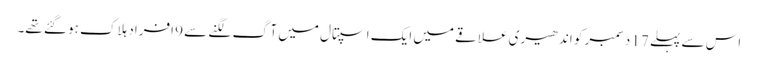
اس سے پہلے 17 دسمبر کو اندھیری علاقے میں ایک اسپتال میں آگ لگنے سے 9 افراد ہلاک ہو گئے تھے۔